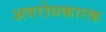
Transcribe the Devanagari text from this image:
अवरोधकारक